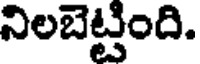
నిలబెట్టింది.